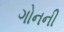
ગોનની